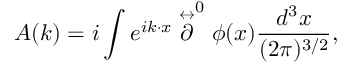
A ( k ) = i \int e ^ { i k \cdot x } \stackrel { \leftrightarrow } { \textstyle \partial } ^ { 0 } \phi ( x ) \frac { d ^ { 3 } x } { ( 2 \pi ) ^ { 3 / 2 } } ,